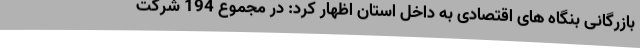
بازرگانی بنگاه های اقتصادی به داخل استان اظهار کرد: در مجموع 194 شرکت